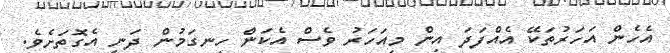
އެހެން އަހަރުތަކޭ އެއްފަދަ އިން މިއަހަރު ވެސް އެކަން ހިނގަމުން ދަނީ އެގޮތަށެވެ.